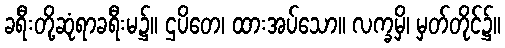
ခရီးတို့ဆုံရာခရီးမ၌။ ဌပိတေ၊ ထားအပ်သော။ လက္ခမှိ၊ မှတ်တိုင်၌။